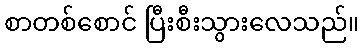
စာတစ်စောင် ပြီးစီးသွားလေသည်။